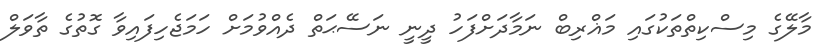
މާލޭގެ މިސްކިތްތަކުގައި މަޣްރިބް ނަމާދަށްފަހު ދީނީ ނަސޭޙަތް ދެއްވުމަށް ހަމަޖެހިފައިވާ ގޮތުގެ ތާވަލް